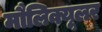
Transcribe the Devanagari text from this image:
मौलिक्यूलर